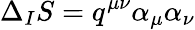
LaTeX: \Delta_{I}S=q^{\mu\nu}\alpha_{\mu}\alpha_{\nu}